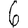
Digit: 6